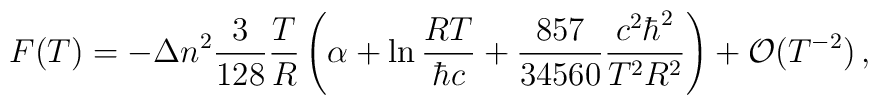
F(T)=-\Delta n^2\frac{3 }{128}\frac{T}{R}\left (\alpha + \ln\frac{RT}{\hbar c} +\frac{857}{34560} \frac{c^2\hbar^2}{T^2R^2}\right )+{\cal O}(T^{-2})\,{,}